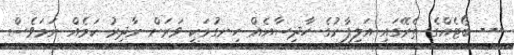
--- ބޯޓެއްގެ ތެރޭގައި އަލިފާނުގެ ހާދިސާއެއް ހިނގުމަކީ ވަރަށް ނާދިރު ކަމެއް ނަމަވެސް